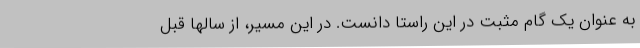
به عنوان یک گام مثبت در این راستا دانست. در این مسیر، از سالها قبل